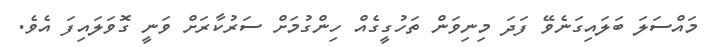
މައްސަލަ ބަލައިގަނެވޭ ފަދަ މިނިވަން ތަހުގީގެއް ހިންގުމަށް ސަރުކާރަށް ވަނީ ގޮވަލައިފަ އެވެ.